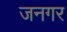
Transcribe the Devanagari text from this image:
जनगर